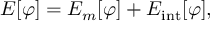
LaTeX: E [ \varphi ] = E _ { m } [ \varphi ] + E _ { \mathrm { i n t } } [ \varphi ] ,